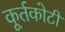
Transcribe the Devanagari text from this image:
कूर्तकोटी